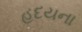
હદયના